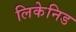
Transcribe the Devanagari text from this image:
लिकेनिड